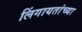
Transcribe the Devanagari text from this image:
लिंगायतांच्या